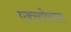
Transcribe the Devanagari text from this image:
एक्स्रपेसला